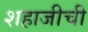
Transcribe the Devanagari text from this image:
शहाजीची